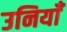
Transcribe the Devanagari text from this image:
उनियाँ